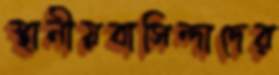
স্থানীয়বাসিন্দাদের